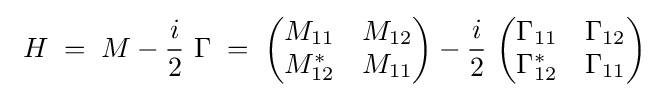
\ H\;=\;M-{\frac {i}{2}}\ \Gamma \;=\;{\begin{pmatrix}M_{11}&M_{12}\\M_{12}^{*}&M_{11}\\\end{pmatrix}}-{\frac {i}{2}}\ {\begin{pmatrix}\Gamma _{11}&\Gamma _{12}\\\Gamma _{12}^{*}&\Gamma _{11}\\\end{pmatrix}}\